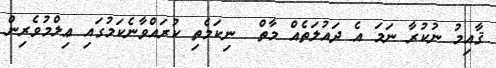
ޤާއިމު ނުކުރާ ނަމަ އެ ދައުލަތެއް މާތް  ނިކަމެތި ކުރައްވާނެކަމުގައި ޢިލްމުވެރިން